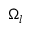
\Omega _ { l }